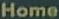
Home